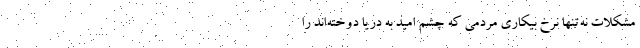
مشکلات نه‌تنها نرخ بیکاری مردمی که چشم امید به دریا دوخته‌اند را